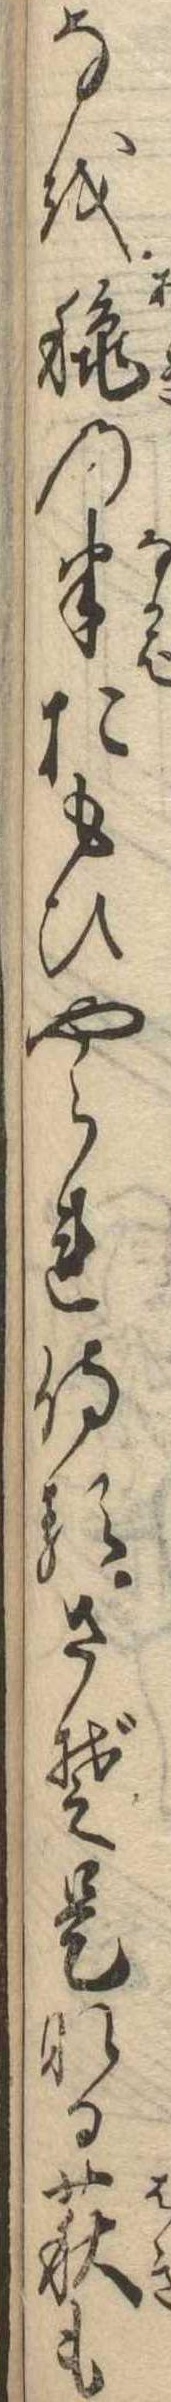
なを秋の半おもひやられ侍るさぞ是なる萩も